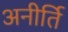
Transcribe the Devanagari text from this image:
अनीर्ति